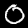
Label: 0